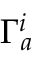
\Gamma _ { a } ^ { i }